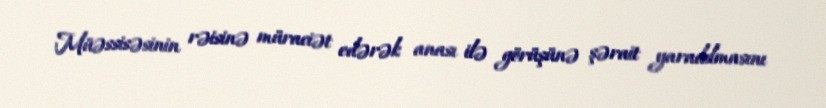
Müəssisəsinin rəisinə müraciət edərək anası ilə görüşünə şərait yaradılmasını